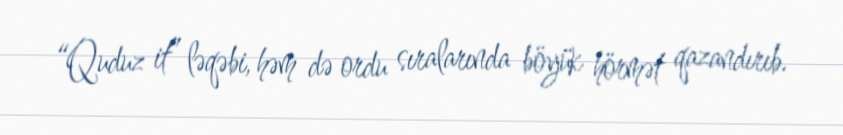
“Quduz it” ləqəbi, həm də ordu sıralarında böyük hörmət qazandırıb.